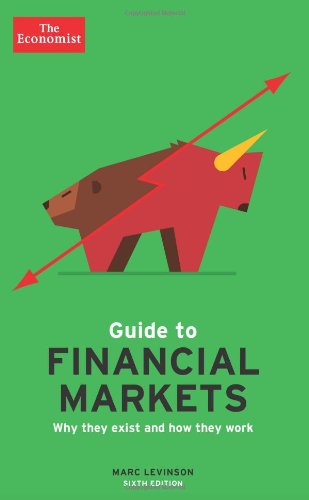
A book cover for The Economist Guide to Financial Markets (6th Ed): Why they exist and how they work (Economist Books); The Economist; Business & Money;